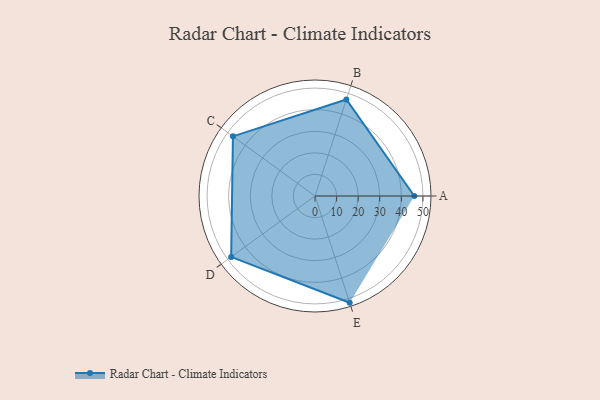
{"axis": {"x": "Skill", "y": "Score"}, "legend": ["Profile"], "data": [{"x": "A", "y": 46.0, "type": "Profile"}, {"x": "B", "y": 47.0, "type": "Profile"}, {"x": "C", "y": 47.0, "type": "Profile"}, {"x": "D", "y": 48.0, "type": "Profile"}, {"x": "E", "y": 52.0, "type": "Profile"}]}